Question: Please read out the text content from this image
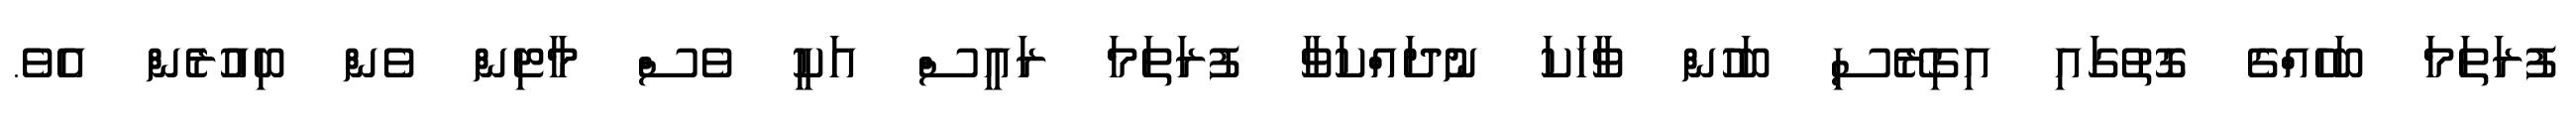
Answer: ފުރަތަމަ ބަހެއްގެ ގޮތުގައި އިގިރޭސި ބަހުން ވާހަކަ ނުދައްކަވާ ފުރަތަމަ ރައީސް އަކީ ވެސް މާޓިން ވެން ބިއުރެން އެވެ.